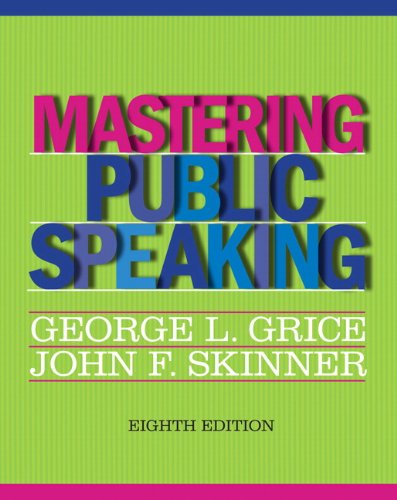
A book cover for Mastering Public Speaking (8th Edition); George L. Grice; Reference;